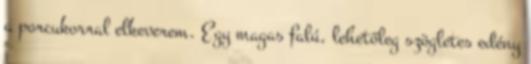
a porcukorral elkeverem. Egy magas falú, lehetőleg szögletes edény